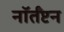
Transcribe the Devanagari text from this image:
नॉर्तँप्टन